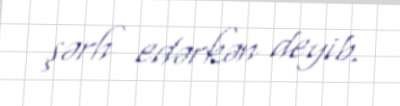
şərh edərkən deyib.